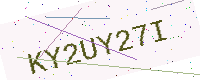
Text: KY2UY27I